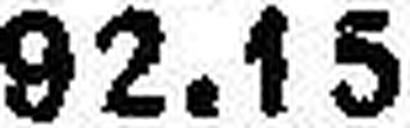
92.15